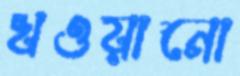
খওয়ানো